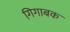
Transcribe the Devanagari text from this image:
गिगाबक